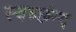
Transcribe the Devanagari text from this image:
स्वच्छंन्द